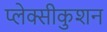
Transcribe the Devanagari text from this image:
प्लेक्सीकुशन